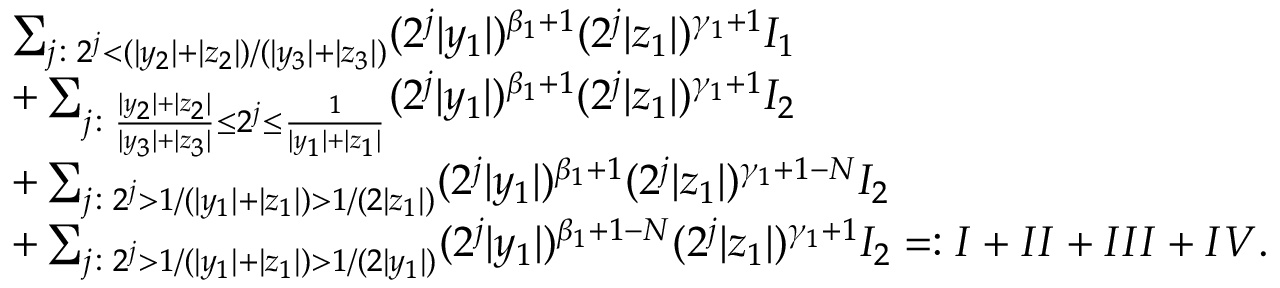
\begin{array} { r l } & { \sum _ { j \colon 2 ^ { j } < ( | y _ { 2 } | + | z _ { 2 } | ) / ( | y _ { 3 } | + | z _ { 3 } | ) } ( 2 ^ { j } | y _ { 1 } | ) ^ { \beta _ { 1 } + 1 } ( 2 ^ { j } | z _ { 1 } | ) ^ { \gamma _ { 1 } + 1 } I _ { 1 } } \\ & { + \sum _ { j \colon \frac { | y _ { 2 } | + | z _ { 2 } | } { | y _ { 3 } | + | z _ { 3 } | } \le 2 ^ { j } \le \frac 1 { | y _ { 1 } | + | z _ { 1 } | } } ( 2 ^ { j } | y _ { 1 } | ) ^ { \beta _ { 1 } + 1 } ( 2 ^ { j } | z _ { 1 } | ) ^ { \gamma _ { 1 } + 1 } I _ { 2 } } \\ & { + \sum _ { j \colon 2 ^ { j } > 1 / ( | y _ { 1 } | + | z _ { 1 } | ) > 1 / { ( 2 | z _ { 1 } | ) } } ( 2 ^ { j } | y _ { 1 } | ) ^ { \beta _ { 1 } + 1 } ( 2 ^ { j } | z _ { 1 } | ) ^ { \gamma _ { 1 } + 1 - N } I _ { 2 } } \\ & { + \sum _ { j \colon 2 ^ { j } > 1 / ( | y _ { 1 } | + | z _ { 1 } | ) > 1 / { ( 2 | y _ { 1 } | ) } } ( 2 ^ { j } | y _ { 1 } | ) ^ { \beta _ { 1 } + 1 - N } ( 2 ^ { j } | z _ { 1 } | ) ^ { \gamma _ { 1 } + 1 } I _ { 2 } = : I + I I + I I I + I V . } \end{array}